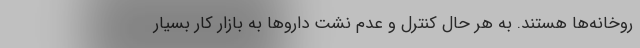
روخانه‌ها هستند. به هر حال کنترل و عدم نشت داروها به بازار کار بسیار